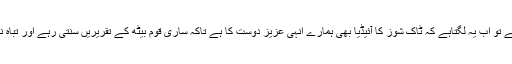
مجھے تو اب یہ لگتاہے کہ ٹاک شوز کا آئیڈیا بھی ہمارے انہی عزیز دوست کا ہے تاکہ ساری قوم بیٹھ کے تقریریں سنتی رہے اور تباہ نہ ہو۔